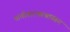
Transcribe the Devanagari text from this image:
पाणीवाटपप्रश्नावरून